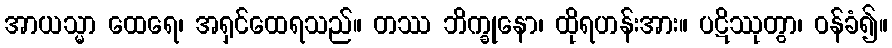
အာယသ္မာ ထေရေ၊ အရှင်ထေရသည်။ တဿ ဘိက္ခုနော၊ ထိုရဟန်းအား။ ပဋိဿုတွာ၊ ဝန်ခံ၍။